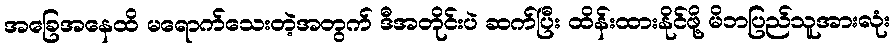
အခြေအနေထိ မရောက်သေးတဲ့အတွက် ဒီအတိုင်းပဲ ဆက်ပြီး ထိန်းထားနိုင်ဖို့ မိဘပြည်သူအားလုံး